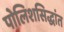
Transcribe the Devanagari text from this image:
पोलिशसिद्धांत